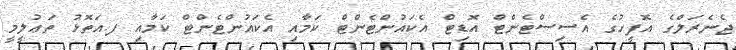
ޖެނެރަލްގެ އޮފީހުގެ އެސިސްޓެންޓް އޮޑިޓް އެކައުންޓެންޓް ކަމާއި އެކައުންޓެންޓް ކަމާއި ފ.އަތޮޅު ތަޢުލީމީ